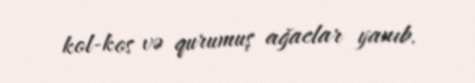
kol-kos və qurumuş ağaclar yanıb.